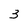
Character: 3